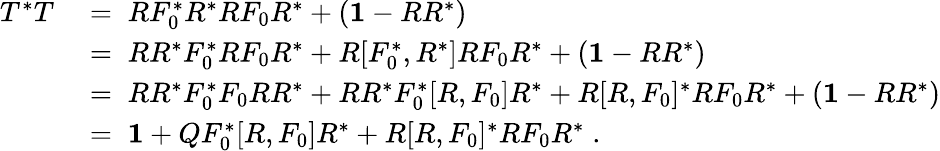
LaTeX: \begin{array}{rl}{T^{*}T}&{\; =\; RF_{0}^{*}R^{*}RF_{0}R^{*}+({\mathbf 1}-RR^{*})}\\ &{\; =\; RR^{*}F_{0}^{*}RF_{0}R^{*}+R[F_{0}^{*},R^{*}]RF_{0}R^{*}+({\mathbf 1}-RR^{*})}\\ &{\; =\; RR^{*}F_{0}^{*}F_{0}RR^{*}+RR^{*}F_{0}^{*}[R,F_{0}]R^{*}+R[R,F_{0}]^{*}RF_{0}R^{*}+({\mathbf 1}-RR^{*})}\\ &{\; =\; {\mathbf 1}+QF_{0}^{*}[R,F_{0}]R^{*}+R[R,F_{0}]^{*}RF_{0}R^{*}\; .}\end{array}